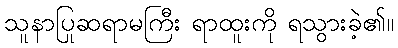
သူနာပြုဆရာမကြီး ရာထူးကို ရသွားခဲ့၏။